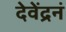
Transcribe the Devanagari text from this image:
देवेंद्रनं